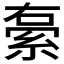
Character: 𮈓